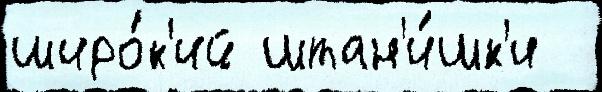
широ́к'ий штан'и́шк'и